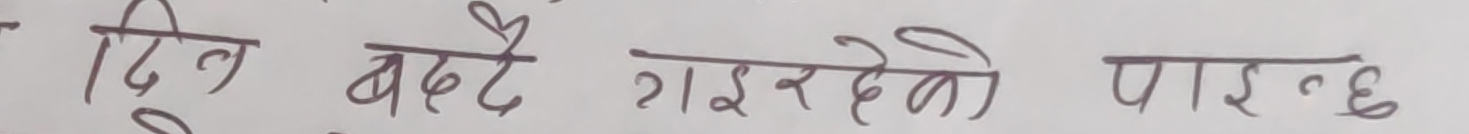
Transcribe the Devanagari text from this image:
दिन बढ्दै गइरहेको पाइन्छ